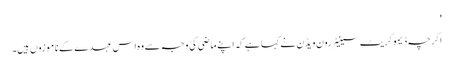
'
اگرچہ ڈیموکریٹ سینیٹر رون ویڈن نے کہا ہے کہ اپنے ماضی کی وجہ سے وہ اس عہدے کے ناموزوں ہیں۔